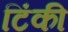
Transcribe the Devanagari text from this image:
टिंकी